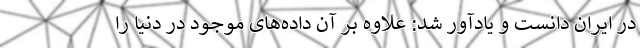
در ایران دانست و یادآور شد: علاوه بر آن داده‌های موجود در دنیا را